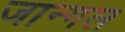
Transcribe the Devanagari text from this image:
जान्गल